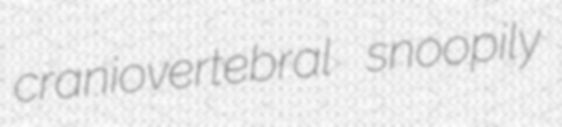
craniovertebral snoopily